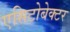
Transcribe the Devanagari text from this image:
एसिटोबेक्टर